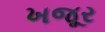
ખજૂર